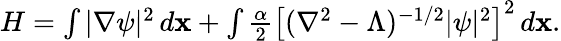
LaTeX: \begin{array}{r}{H=\int|\nabla\psi|^{2}\, d{\mathbf x}+\int\frac{\alpha}{2}\left[(\nabla^{2}-\Lambda)^{-1/2}|\psi|^{2}\right]^{2}\, d{\mathbf x}.}\end{array}